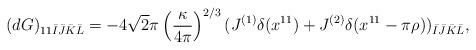
\begin{align*}(dG)_{11\bar{I}\bar{J}\bar{K}\bar{L}}=-4\sqrt{2}\pi\left(\frac{\kappa}{4\pi}\right)^{2/3}(J^{(1)}\delta(x^{11}) + J^{(2)}\delta(x^{11}-\pi\rho))_{\bar{I}\bar{J}\bar{K}\bar{L}},\end{align*}